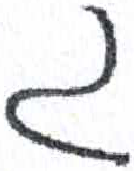
אות: ג